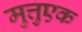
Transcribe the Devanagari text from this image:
मुत्तुएक